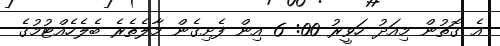
އެ ގޮތުން މިއަދު ހަވީރު 00: 6 އިން ފެށިގެން މާލެތެރެ ބެލެހެއްޓުމުގެ